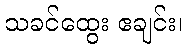
သခင်ထွေး ဧချင်း၊